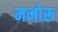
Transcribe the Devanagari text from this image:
ममोरू